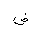
Letter: _dad